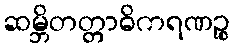
ဆမ္ဘိတတ္တာဓိကရဏဉ္စ